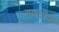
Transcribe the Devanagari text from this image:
गणदोष